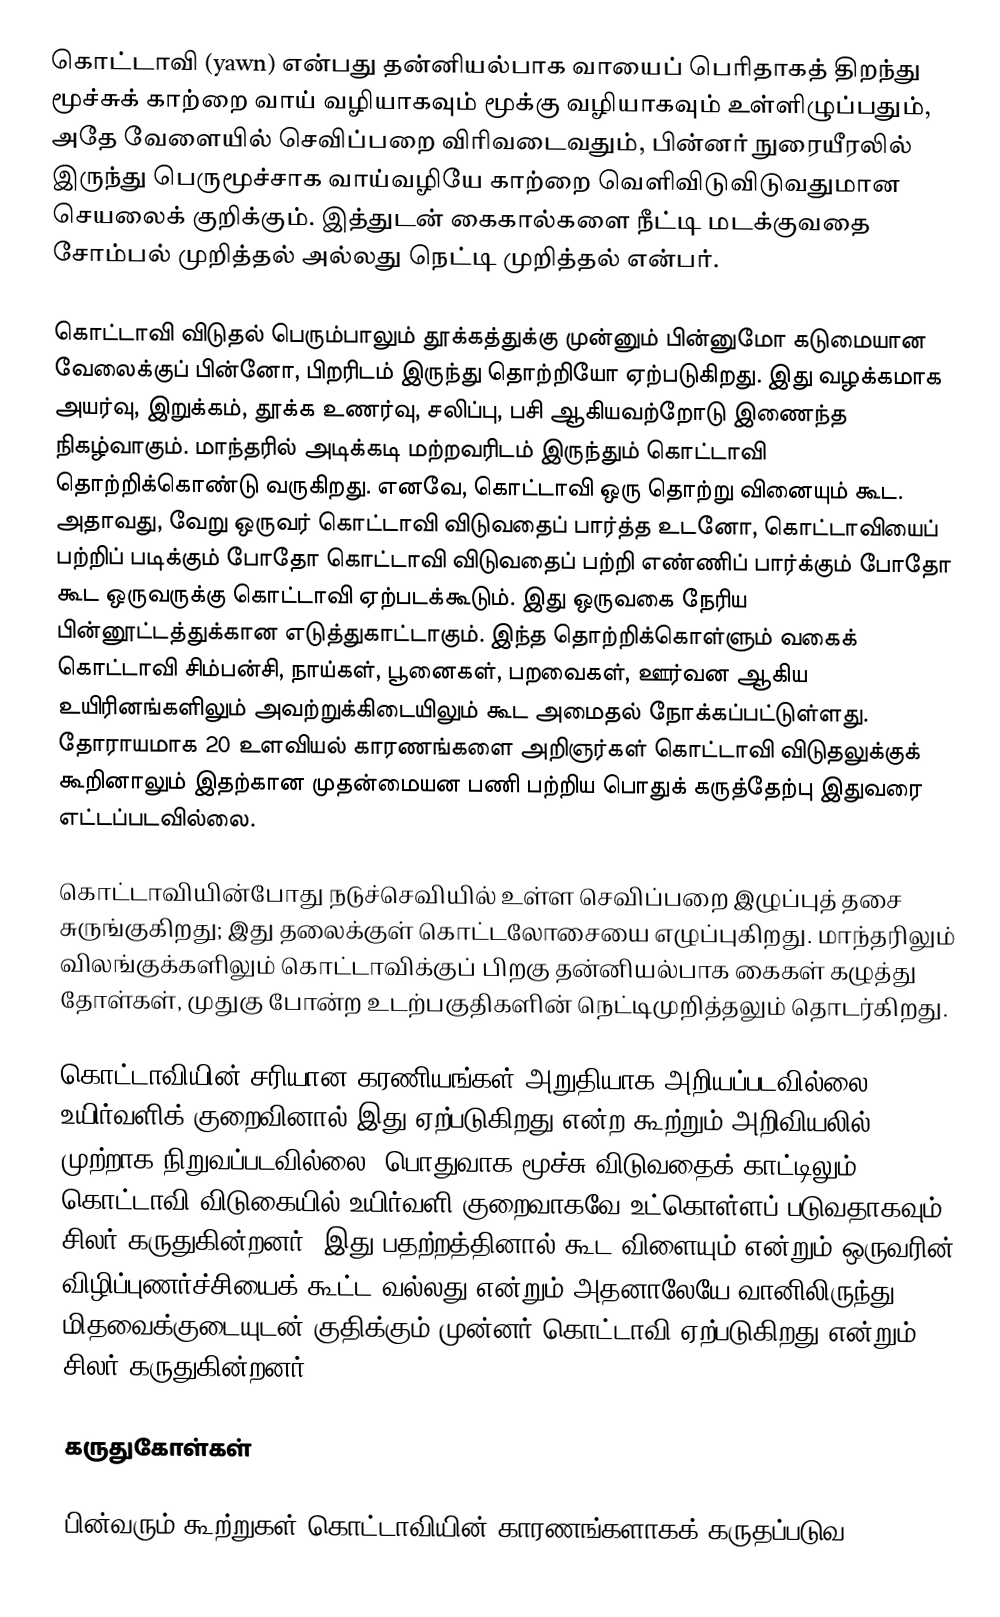
கொட்டாவி (yawn) என்பது தன்னியல்பாக வாயைப் பெரிதாகத் திறந்து மூச்சுக் காற்றை வாய் வழியாகவும் மூக்கு வழியாகவும் உள்ளிழுப்பதும், அதே வேளையில் செவிப்பறை விரிவடைவதும், பின்னர் நுரையீரலில் இருந்து பெருமூச்சாக வாய்வழியே காற்றை வெளிவிடுவிடுவதுமான செயலைக் குறிக்கும். இத்துடன் கைகால்களை நீட்டி மடக்குவதை சோம்பல் முறித்தல் அல்லது நெட்டி முறித்தல் என்பர்.

கொட்டாவி விடுதல் பெரும்பாலும் தூக்கத்துக்கு முன்னும் பின்னுமோ கடுமையான வேலைக்குப் பின்னோ, பிறரிடம் இருந்து தொற்றியோ ஏற்படுகிறது. இது வழக்கமாக அயர்வு, இறுக்கம், தூக்க உணர்வு, சலிப்பு, பசி ஆகியவற்றோடு இணைந்த நிகழ்வாகும். மாந்தரில் அடிக்கடி மற்றவரிடம் இருந்தும் கொட்டாவி தொற்றிக்கொண்டு வருகிறது. எனவே, கொட்டாவி ஒரு தொற்று வினையும் கூட. அதாவது, வேறு ஒருவர் கொட்டாவி விடுவதைப் பார்த்த உடனோ, கொட்டாவியைப் பற்றிப் படிக்கும் போதோ கொட்டாவி விடுவதைப் பற்றி எண்ணிப் பார்க்கும் போதோ கூட ஒருவருக்கு கொட்டாவி ஏற்படக்கூடும். இது ஒருவகை நேரிய பின்னூட்டத்துக்கான எடுத்துகாட்டாகும். இந்த தொற்றிக்கொள்ளும் வகைக் கொட்டாவி சிம்பன்சி, நாய்கள், பூனைகள், பறவைகள், ஊர்வன ஆகிய உயிரினங்களிலும் அவற்றுக்கிடையிலும் கூட அமைதல் நோக்கப்பட்டுள்ளது. தோராயமாக 20 உளவியல் காரணங்களை அறிஞர்கள் கொட்டாவி விடுதலுக்குக் கூறினாலும் இதற்கான முதன்மையன பணி பற்றிய பொதுக் கருத்தேற்பு இதுவரை எட்டப்படவில்லை.

கொட்டாவியின்போது நடுச்செவியில் உள்ள செவிப்பறை இழுப்புத் தசை சுருங்குகிறது; இது தலைக்குள் கொட்டலோசையை எழுப்புகிறது. மாந்தரிலும் விலங்குக்களிலும் கொட்டாவிக்குப் பிறகு தன்னியல்பாக கைகள் கழுத்து தோள்கள், முதுகு போன்ற உடற்பகுதிகளின்  நெட்டிமுறித்தலும் தொடர்கிறது.

கொட்டாவியின் சரியான கரணியங்கள் அறுதியாக அறியப்படவில்லை. உயிர்வளிக் குறைவினால் இது ஏற்படுகிறது என்ற கூற்றும் அறிவியலில் முற்றாக நிறுவப்படவில்லை. பொதுவாக மூச்சு விடுவதைக் காட்டிலும் கொட்டாவி விடுகையில் உயிர்வளி குறைவாகவே உட்கொள்ளப் படுவதாகவும் சிலர் கருதுகின்றனர். இது பதற்றத்தினால் கூட விளையும் என்றும் ஒருவரின் விழிப்புணர்ச்சியைக் கூட்ட வல்லது என்றும் அதனாலேயே வானிலிருந்து மிதவைக்குடையுடன் குதிக்கும் முன்னர் கொட்டாவி ஏற்படுகிறது என்றும் சிலர் கருதுகின்றனர்.

கருதுகோள்கள்

பின்வரும் கூற்றுகள் கொட்டாவியின் காரணங்களாகக் கருதப்படுவ